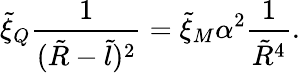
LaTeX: \tilde{\xi}_{Q}\frac{1}{(\tilde{R}-\tilde{l})^{2}}=\tilde{\xi}_{M}\alpha^{2}\frac{1}{\tilde{R}^{4}}.